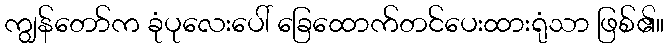
ကျွန်တော်က ခုံပုလေးပေါ် ခြေထောက်တင်ပေးထားရုံသာ ဖြစ်၏။